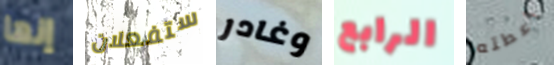
إنها ستفعلان وغادر الرابع أعطته